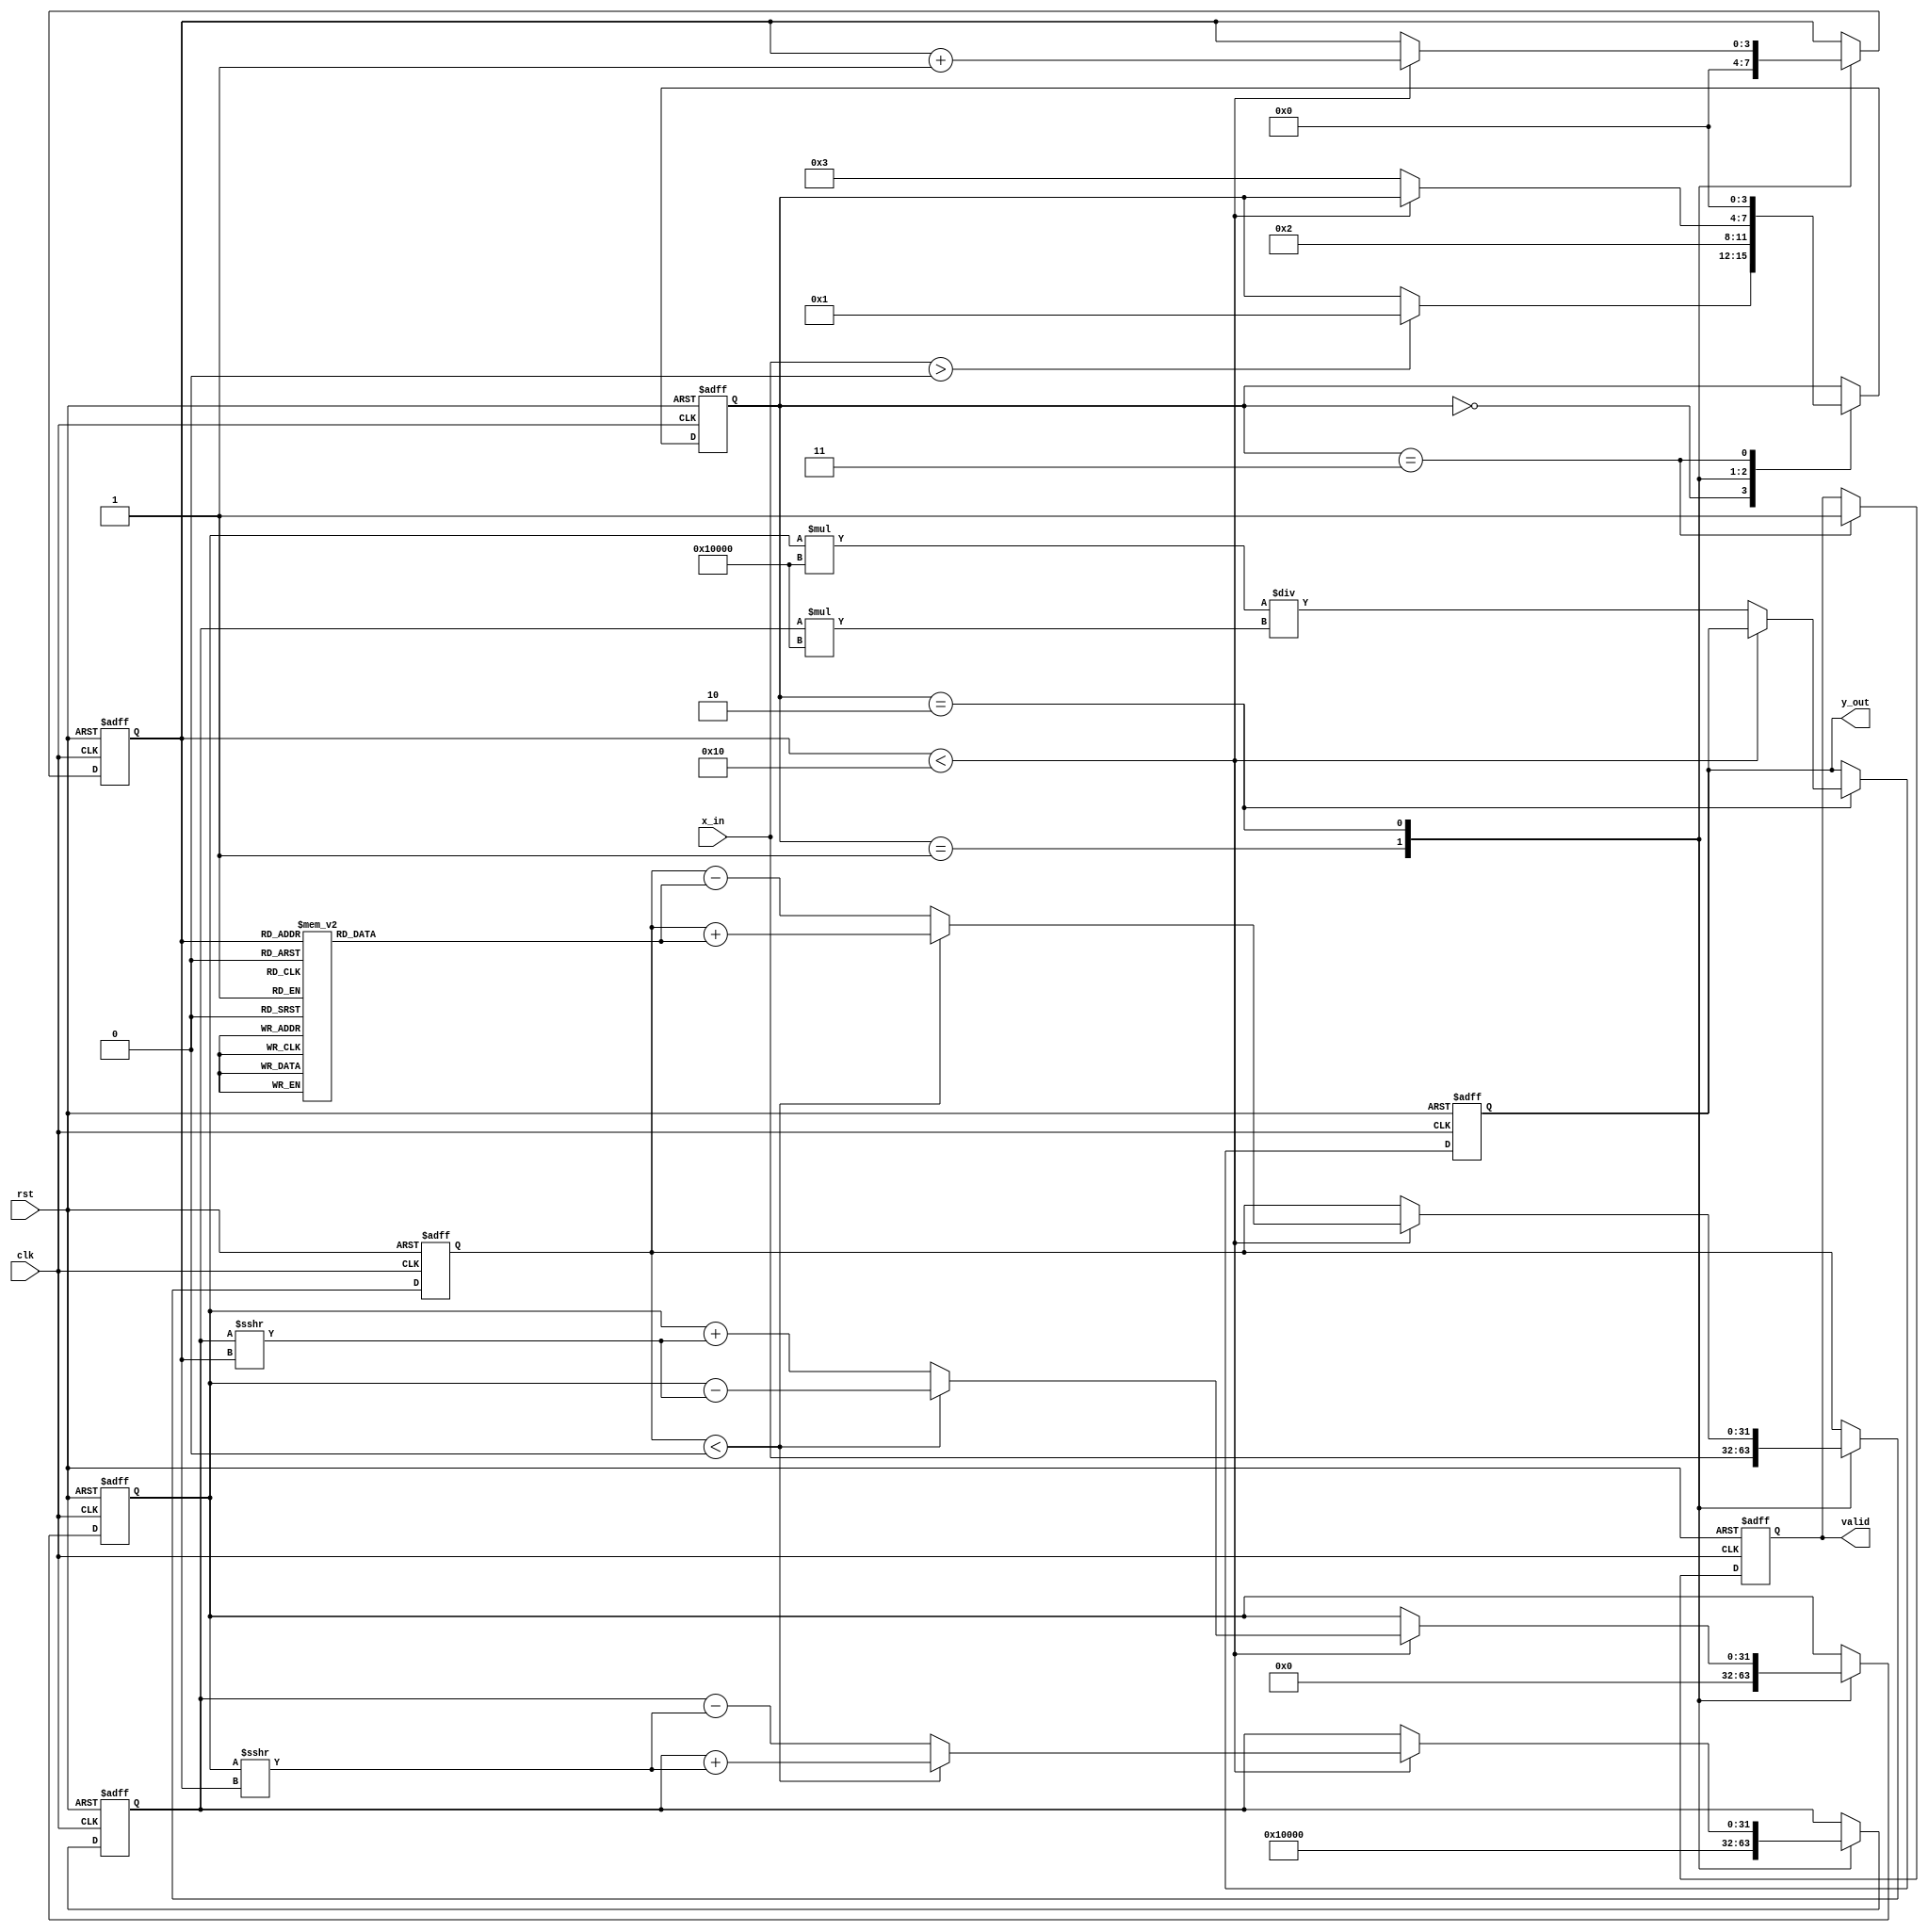
module cordic_reciprocal (
    input wire clk,
    input wire rst,
    input wire [31:0] x_in,
    output reg [31:0] y_out,
    output reg valid
);
    
    // CORDIC parameters
    parameter NUM_ITERATIONS = 16; // Number of iterations for precision
    parameter FIXED_POINT_SCALE = 32'h00010000; // Scaling factor (2^16)

    // CORDIC angle look-up tables (radians)
    reg [31:0] angle_table [0:NUM_ITERATIONS-1];
    
    // Internal state registers
    reg [31:0] x, y, z; // Coordinates and angle
    reg [3:0] state;
    reg [3:0] iteration;

    // State machine states
    localparam IDLE = 4'd0;
    localparam INIT = 4'd1;
    localparam ITERATE = 4'd2;
    localparam FINALIZE = 4'd3;

    // Initialize angle table (in radians, fixed-point)
    initial begin
        angle_table[0] = 32'h00000000; // atan(2^0)
        angle_table[1] = 32'h0000003D; // atan(2^-1)
        angle_table[2] = 32'h0000001A; // atan(2^-2)
        // Continue filling with appropriate CORDIC angles...
    end

    // Control logic
    always @(posedge clk or posedge rst) begin
        if (rst) begin
            state <= IDLE;
            valid <= 0;
            iteration <= 0;
            x <= 0;
            y <= 0;
            z <= 0;
            y_out <= 0;
        end else begin
            case (state)
                IDLE: begin
                    if (x_in > 0) begin
                        state <= INIT;
                    end
                end

                INIT: begin
                    // Load initial values for CORDIC
                    x <= FIXED_POINT_SCALE; // X = 1.0 (in fixed-point)
                    y <= 0; // Y = 0
                    z <= x_in; // Z = input value for which reciprocal is to be computed
                    iteration <= 0;
                    state <= ITERATE;
                end

                ITERATE: begin
                    // Perform CORDIC rotations
                    if (iteration < NUM_ITERATIONS) begin
                        if (z < 0) begin
                            // Rotate positively
                            x <= x + (y >>> iteration);
                            y <= y - (x >>> iteration);
                            z <= z + angle_table[iteration];
                        end else begin
                            // Rotate negatively
                            x <= x - (y >>> iteration);
                            y <= y + (x >>> iteration);
                            z <= z - angle_table[iteration];
                        end
                        iteration <= iteration + 1;
                    end else begin
                        // Prepare output
                        y_out <= (y * FIXED_POINT_SCALE) / (x * FIXED_POINT_SCALE);
                        state <= FINALIZE;
                    end
                end

                FINALIZE: begin
                    valid <= 1; // Output is valid
                    state <= IDLE; // Go back to idle for next input
                end
            endcase
        end
    end
endmodule